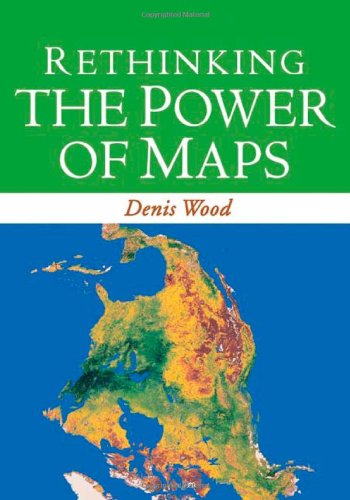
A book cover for Rethinking the Power of Maps; Denis Wood; Science & Math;